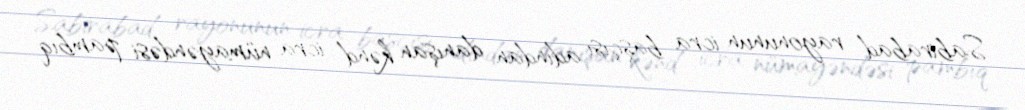
Sabirabad rayonunun icra başçısı adından danışan kənd icra nümayəndəsi pambıq